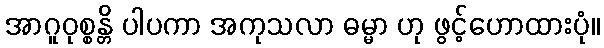
အာဂူဝုစ္စန္တိ ပါပကာ အကုသလာ ဓမ္မာ ဟု ဖွင့်ဟောထားပုံ။